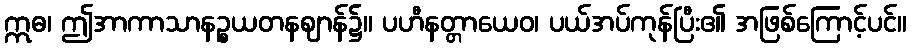
ဣဓ၊ ဤအာကာသာနဉ္စယတနဈာန်၌။ ပဟီနတ္တာယေဝ၊ ပယ်အပ်ကုန်ပြီး၏ အဖြစ်ကြောင့်ပင်။